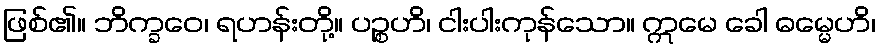
ဖြစ်၏။ ဘိက္ခဝေ၊ ရဟန်းတို့။ ပဉ္စဟိ၊ ငါးပါးကုန်သော။ ဣမေ ခေါ ဓမ္မေဟိ၊